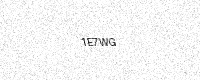
Text: 1E7WG